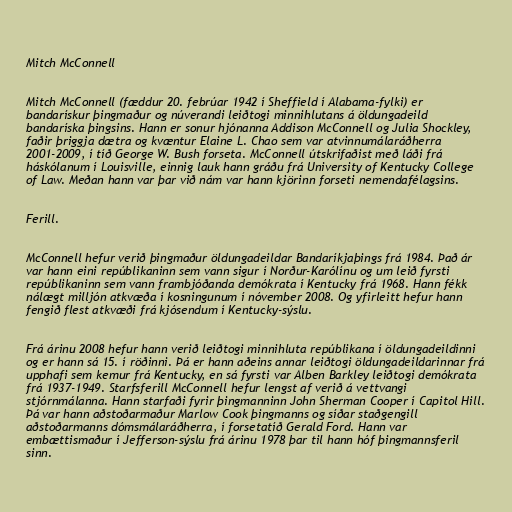
Mitch McConnell

Mitch McConnell (fæddur 20. febrúar 1942 í Sheffield í Alabama-fylki) er
bandarískur þingmaður og núverandi leiðtogi minnihlutans á öldungadeild
bandaríska þingsins. Hann er sonur hjónanna Addison McConnell og Julia Shockley,
faðir þriggja dætra og kvæntur Elaine L. Chao sem var atvinnumálaráðherra
2001-2009, í tíð George W. Bush forseta. McConnell útskrifaðist með láði frá
háskólanum í Louisville, einnig lauk hann gráðu frá University of Kentucky College
of Law. Meðan hann var þar við nám var hann kjörinn forseti nemendafélagsins.

Ferill.

McConnell hefur verið þingmaður öldungadeildar Bandaríkjaþings frá 1984. Það ár
var hann eini repúblikaninn sem vann sigur í Norður-Karólínu og um leið fyrsti
repúblikaninn sem vann frambjóðanda demókrata í Kentucky frá 1968. Hann fékk
nálægt milljón atkvæða í kosningunum í nóvember 2008. Og yfirleitt hefur hann
fengið flest atkvæði frá kjósendum í Kentucky-sýslu.

Frá árinu 2008 hefur hann verið leiðtogi minnihluta repúblikana í öldungadeildinni
og er hann sá 15. í röðinni. Þá er hann aðeins annar leiðtogi öldungadeildarinnar frá
upphafi sem kemur frá Kentucky, en sá fyrsti var Alben Barkley leiðtogi demókrata
frá 1937-1949. Starfsferill McConnell hefur lengst af verið á vettvangi
stjórnmálanna. Hann starfaði fyrir þingmanninn John Sherman Cooper í Capitol Hill.
Þá var hann aðstoðarmaður Marlow Cook þingmanns og síðar staðgengill
aðstoðarmanns dómsmálaráðherra, í forsetatíð Gerald Ford. Hann var
embættismaður í Jefferson-sýslu frá árinu 1978 þar til hann hóf þingmannsferil
sinn.